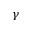
\gamma